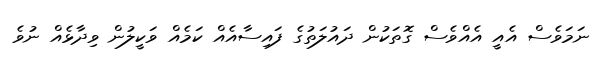
ނަމަވެސް އެއީ އެއްވެސް ގޮތަކުން ދައުލަތުގެ ފައިސާއެއް ކަމެއް ވަކީލުން ވިދާޅެއް ނުވެ